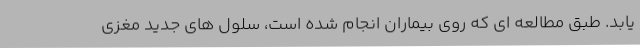
یابد. طبق مطالعه ای که روی بیماران انجام شده است، سلول های جدید مغزی